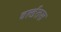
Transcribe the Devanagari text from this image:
वर्ल्डतस